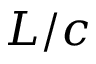
L / c